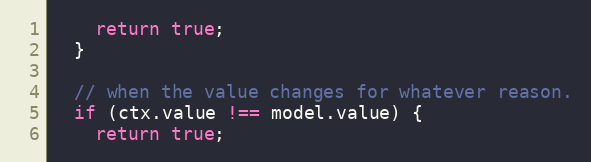
Language: JavaScript
    return true;
  }

  // when the value changes for whatever reason.
  if (ctx.value !== model.value) {
    return true;